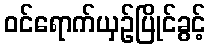
ဝင်ရောက်ယှဉ်ပြိုင်ခွင့်